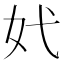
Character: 㚤